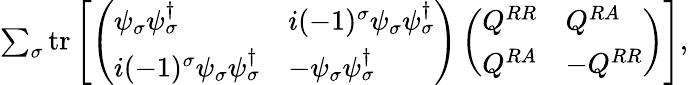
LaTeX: \begin{array}{r}{\sum_{\sigma}\mathrm{tr}\left[\left(\begin{array}{ll}{\psi_{\sigma}{\psi}_{\sigma}^{\dagger}}&{i(-1)^{\sigma}\psi_{\sigma}{\psi}_{\sigma}^{\dagger}}\\ {i(-1)^{\sigma}\psi_{\sigma}{\psi}_{\sigma}^{\dagger}}&{-\psi_{\sigma}{\psi}_{\sigma}^{\dagger}}\end{array}\right)\left(\begin{array}{ll}{Q^{RR}}&{Q^{RA}}\\ {Q^{RA}}&{-Q^{RR}}\end{array}\right)\right],}\end{array}